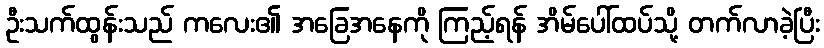
ဦးသက်ထွန်းသည် ကလေး၏ အခြေအနေကို ကြည့်ရန် အိမ်ပေါ်ထပ်သို့ တက်လာခဲ့ပြီး